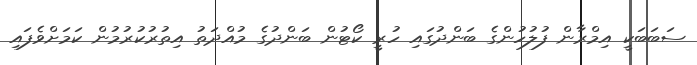
ސަބަބަކީ އިމްރާން ފުލުހުންގެ ބަންދުގައި ހުރީ ކޯޓުން ބަންދުގެ މުއްދަތު އިތުރުކުރުމުން ކަމަށްވެފައި